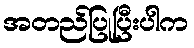
အတည်ပြုပြီးပါက